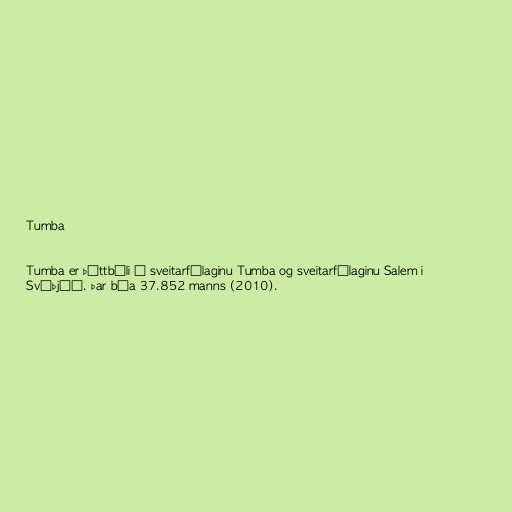
Tumba

Tumba er þéttbýli í sveitarfélaginu Tumba og sveitarfélaginu Salem i
Svíþjóð. Þar búa 37.852 manns (2010).